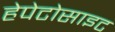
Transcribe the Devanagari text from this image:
हेपेटोसाइट